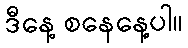
ဒီနေ့ စနေနေ့ပါ။